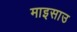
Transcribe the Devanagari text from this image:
माइसाउ